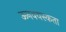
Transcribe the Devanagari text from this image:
ऊनवयस्कता